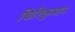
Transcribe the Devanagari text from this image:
चिरिकुमान